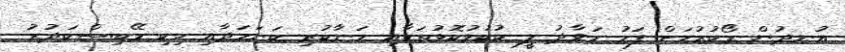
އުނދުން ރޯކުރުމަށް ފަހު ހަވާދު ލީ ކުކުޅުކޮޅުތަކާއި ހަނާކުރި ކަނަމަދާއި ހިކި މޭބިސްކަދުރު